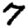
Digit: 7